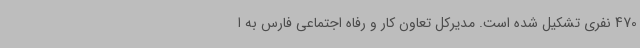
470 نفری تشکیل شده است. مدیرکل تعاون کار و رفاه اجتماعی فارس به ا